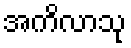
အကိလာသု